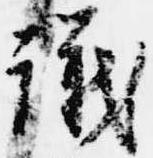
議